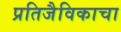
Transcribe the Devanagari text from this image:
प्रतिजैविकाचा